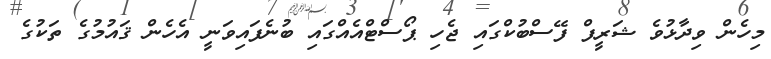
މިހެން ވިދާޅުވެ ޝަރީފް ފޭސްބުކްގައި ޖެހި ޕޯސްޓްއެއްގައި ބުނެފައިވަނީ އެހެން ޤައުމުގެ ތަކުގެ